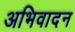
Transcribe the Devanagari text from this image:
अभिवादन